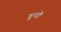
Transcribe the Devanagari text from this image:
डुन्डो